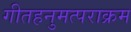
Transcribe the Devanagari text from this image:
गीतहनुमत्पराक्रम